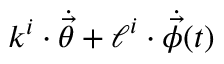
\boldsymbol { k } ^ { i } \cdot \dot { \vec { \theta } } + \boldsymbol { \ell } ^ { i } \cdot \dot { \vec { \phi } } ( t )